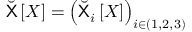
\breve { \mathsf { X } } \left[ X \right] = \left( \breve { \mathsf { X } } _ { i } \left[ X \right] \right) _ { i \in ( 1 , 2 , 3 ) }